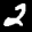
Label: 2